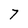
Character: 7